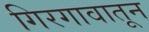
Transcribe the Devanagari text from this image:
गिरगावातून